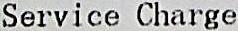
SERVICE CHARGE